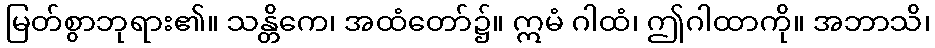
မြတ်စွာဘုရား၏။ သန္တိကေ၊ အထံတော်၌။ ဣမံ ဂါထံ၊ ဤဂါထာကို။ အဘာသိ၊